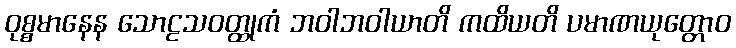
ဝုစ္စမာနေန သောဠသဝတ္ထုကံ ဘဝါဘဝါယာတိ ကထိယတိ ပမာဏယုတ္တောဝ